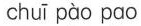
chuī pào pao